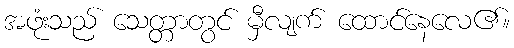
အဖုံးသည် သေတ္တာတွင် မှီလျက် ထောင်နေလေ၏။